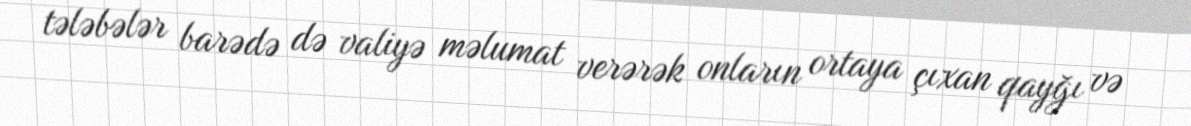
tələbələr barədə də valiyə məlumat verərək onların ortaya çıxan qayğı və